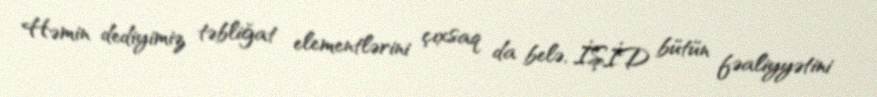
Həmin dediyimiz təbliğat elementlərini çıxsaq da belə, İŞİD bütün fəaliyyətini